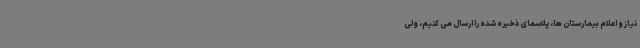
نیاز و اعلام بیمارستان ها، پلاسمای ذخیره شده را ارسال می کنیم، ولی